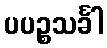
ပပဉ္စသင်္ခါ